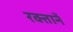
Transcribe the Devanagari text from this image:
रक्तानें